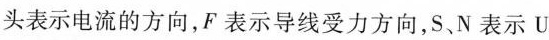
头表示电流的方向，F表示导线受力方向，S、N表示U